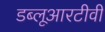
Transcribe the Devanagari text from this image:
डब्लूआरटीवी